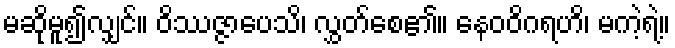
မဆိုမူ၍လျှင်။ ဝိဿဇ္ဇာပေသိ၊ လွှတ်စေ၏။ နေဝဝိဂရဟိ၊ မကဲ့ရဲ့။